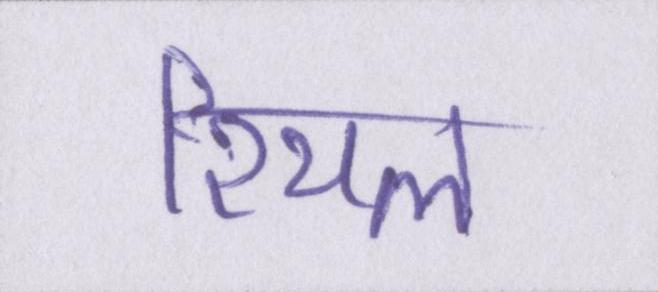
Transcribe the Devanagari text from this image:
रियल